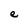
Character: e